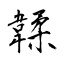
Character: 韖